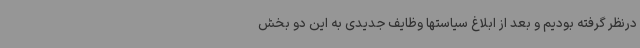
درنظر گرفته بودیم و بعد از ابلاغ سیاستها وظایف جدیدی به این دو بخش